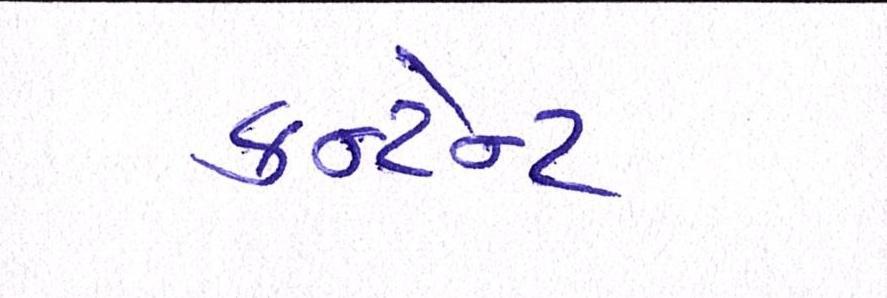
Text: કન્ટેન્ટ